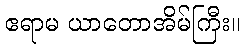
ဧရာမ ယာတောအိမ်ကြီး။